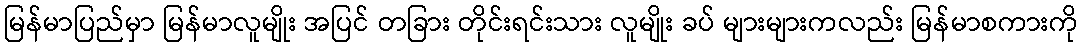
မြန်မာပြည်မှာ မြန်မာလူမျိုး အပြင် တခြား တိုင်းရင်းသား လူမျိုး ခပ် များများကလည်း မြန်မာစကားကို